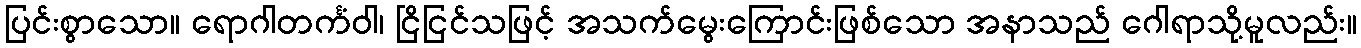
ပြင်းစွာသော။ ရောဂါတင်္ကံဝါ၊ ငြိငြင်သဖြင့် အသက်မွေးကြောင်းဖြစ်သော အနာသည် ဂေါရာသို့မူလည်း။